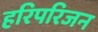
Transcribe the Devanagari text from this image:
हरिपरिजन